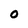
Character: o